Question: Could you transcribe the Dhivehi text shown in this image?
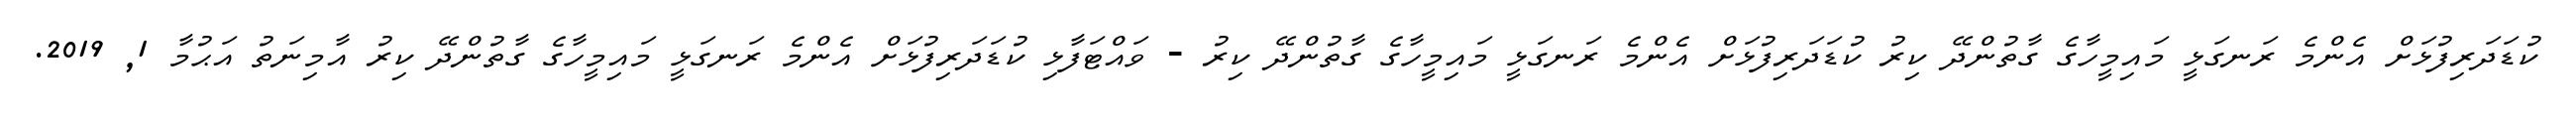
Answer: ކުޑަދަރިފުޅަށް އެންމެ ރަނގަޅީ މައިމީހާގެ ގާތުންދޭ ކިރު ކުޑަދަރިފުޅަށް އެންމެ ރަނގަޅީ މައިމީހާގެ ގާތުންދޭ ކިރު - ވައްޓަފާޅި ކުޑަދަރިފުޅަށް އެންމެ ރަނގަޅީ މައިމީހާގެ ގާތުންދޭ ކިރު އާމިނަތު އަޙުމާ 1, 2019.